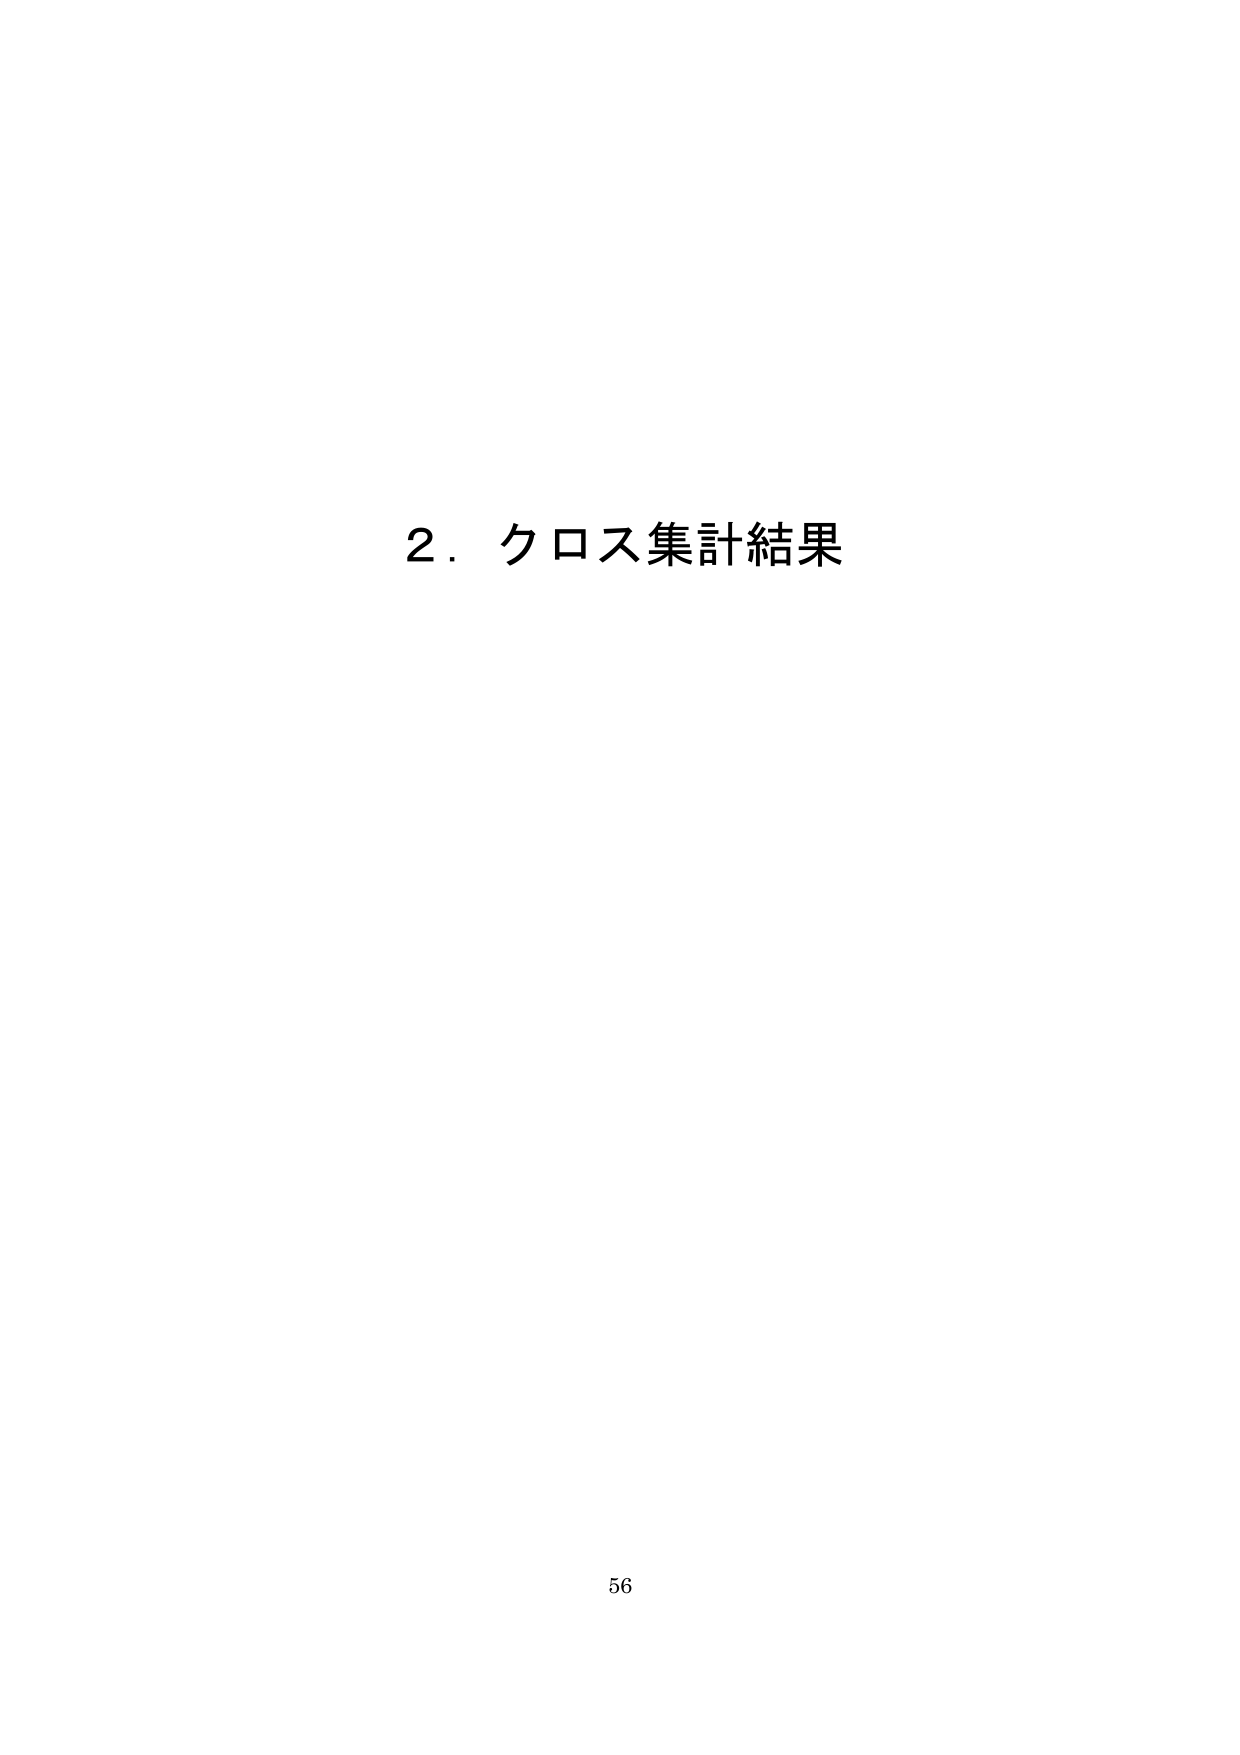
2．クロス集計結果

56